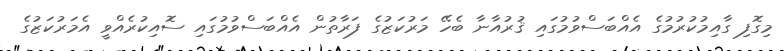
މިގޮފި ގާއިމުކުރުމުގެ އެއްބަސްވުމުގައި ޤުރުއާނާ ބެހޭ މަރުކަޒުގެ ފަރާތުން އެއްބަސްވުމުގައި ސޮއިކުރެއްވީ އެމަރުކަޒުގެ